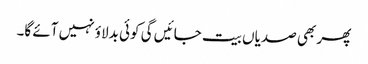
پھر بھی صدیاں بیت جائیں گی کوئی بدلاؤ نہیں آئے گا۔